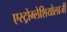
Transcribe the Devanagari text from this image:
एस्ट्रोग्लेशियोलाजी